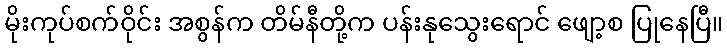
မိုးကုပ်စက်ဝိုင်း အစွန်က တိမ်နီတို့က ပန်းနုသွေးရောင် ဖျော့စ ပြုနေပြီ။